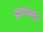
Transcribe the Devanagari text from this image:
कण्णश्श